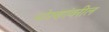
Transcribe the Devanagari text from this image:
धोरणांवरील